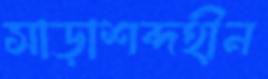
সাড়াশব্দহীন